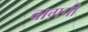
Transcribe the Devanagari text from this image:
बाग़ची